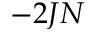
- 2 J N